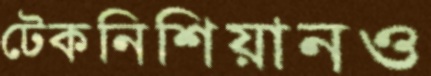
টেকনিশিয়ানও